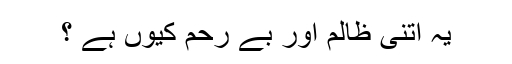
یہ اتنی ظالم اور بے رحم کیوں ہے ؟